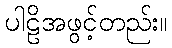
ပါဠိအဖွင့်တည်း။